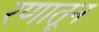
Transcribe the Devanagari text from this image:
रणातून